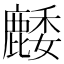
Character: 䴧